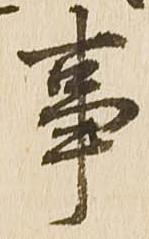
事